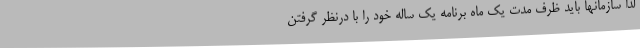
لذا سازمانها باید ظرف مدت یک ماه برنامه یک ساله خود را با درنظر گرفتن